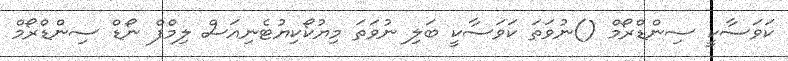
ކަވަސާކީ ސިންޑްރޯމް ()ނުވަތަ ކަވަސާކީ ބަލި ނުވަތަ މިޔުކޯކިޔުޓެނިއަސް ލިމްފް ނޯޑް ސިންޑްރޯމް